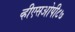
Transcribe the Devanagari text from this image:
व्हीएसओपी८७